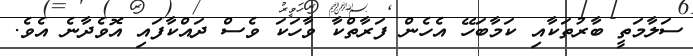
ސަލާމަތީ ބާރުތަކާއި ކަމާބަހޭ އެހެން ފަރާތްކާ ވާހަކަ ވެސް ދައްކާފައި އޮވެދާނެ އެވެ.